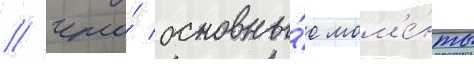
/ что́ основны́е мом'е́нты